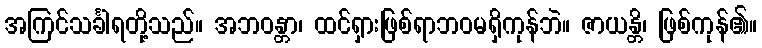
အကြင်သင်္ခါရတို့သည်။ အဘဝန္တာ၊ ထင်ရှားဖြစ်ရာဘဝမရှိကုန်ဘဲ။ ဇာယန္တိ၊ ဖြစ်ကုန်၏။